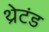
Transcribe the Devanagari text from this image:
थ्रेटंड